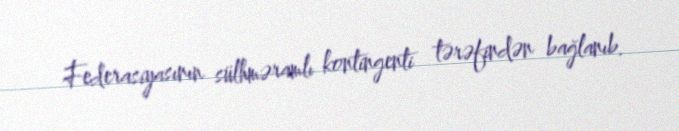
Federasiyasının sülhməramlı kontingenti tərəfindən bağlanıb.